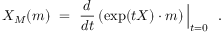
X _ { M } ( m ) ~ = ~ { \frac { d } { d t } } \, ( \exp ( t X ) \cdot m ) \, \Big | _ { t = 0 } ~ ~ .